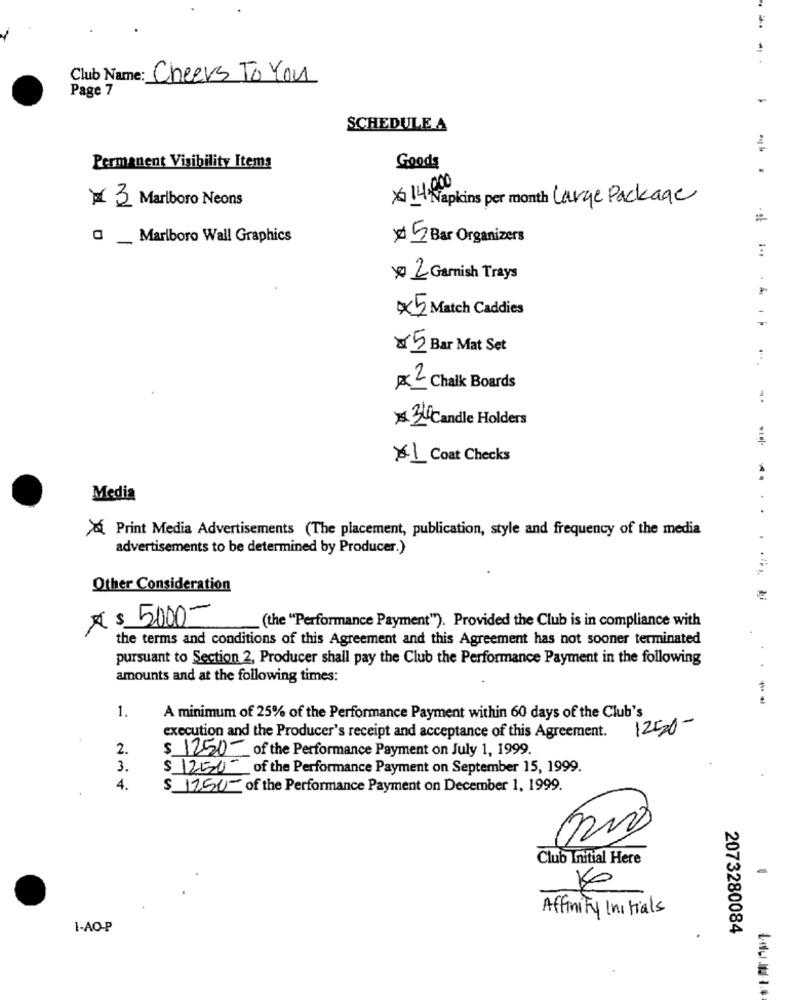
Club Name: Cheers To You
Page 7
SCHEDULE A
Permanent Visibility Items
Goods
× 14.000
# 3 Marlboro Neons
Napkins per month Large Package
Marlboro Wall Graphics
€5 Bar Organizers
x2 Garnish Trays
x5 Match Caddies
×5 Bar Mat Set
x2 Chalk Boards
30 Candle Holders
×1 Coat Checks
Media
....
& Print Media Advertisements (The placement, publication, style and frequency of the media
advertisements to be determined by Producer.)
Other Consideration
X $ 5000 ,-
(the "Performance Payment"). Provided the Club is in compliance with
the terms and conditions of this Agreement and this Agreement has not sooner terminated
pursuant to Section 2, Producer shall pay the Club the Performance Payment in the following
amounts and at the following times:
.. .
1.
A minimum of 25% of the Performance Payment within 60 days of the Club's
1250-
execution and the Producer's receipt and acceptance of this Agreement.
2.
$ 1250- of the Performance Payment on July 1, 1999.
3.
$ 1250- of the Performance Payment on September 15, 1999.
4.
$ 1250- of the Performance Payment on December 1, 1999.
Club Initial Here
Affinity Initials
I-AO-P
2073280084